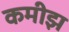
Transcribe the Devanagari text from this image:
कमीझ